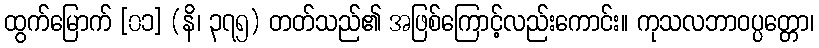
ထွက်မြောက် [၀၁] (နိ၊ ၃၇၅) တတ်သည်၏ အဖြစ်ကြောင့်လည်းကောင်း။ ကုသလဘာဝပ္ပတ္တော၊